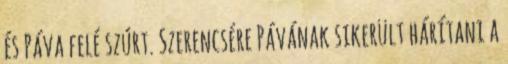
és Páva felé szúrt. Szerencsére Pávának sikerült hárítani a